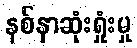
နစ်နာဆုံးရှုံးမှု